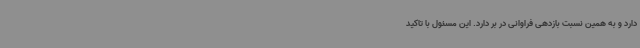
دارد و به همین نسبت بازدهی فراوانی در بر دارد. این مسئول با تاکید